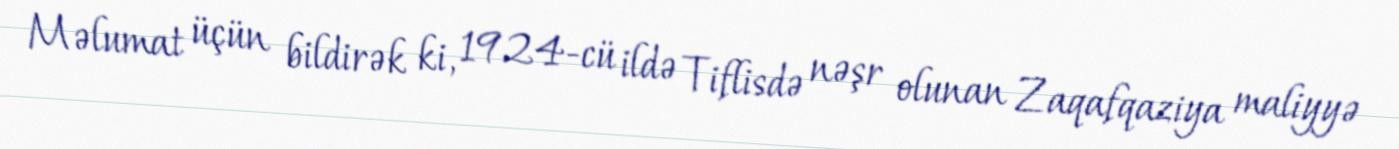
Məlumat üçün bildirək ki, 1924-cü ildə Tiflisdə nəşr olunan Zaqafqaziya maliyyə